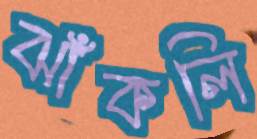
ঝাঁকলি